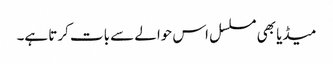
میڈیا بھی مسلسل اس حوالے سے بات کرتا ہے۔